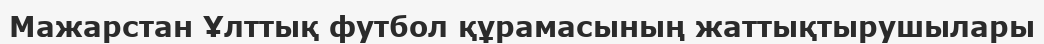
Мажарстан Ұлттық футбол құрамасының жаттықтырушылары